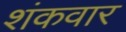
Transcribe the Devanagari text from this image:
शंकवार